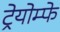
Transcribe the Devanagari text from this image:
ट्रेयोम्फे